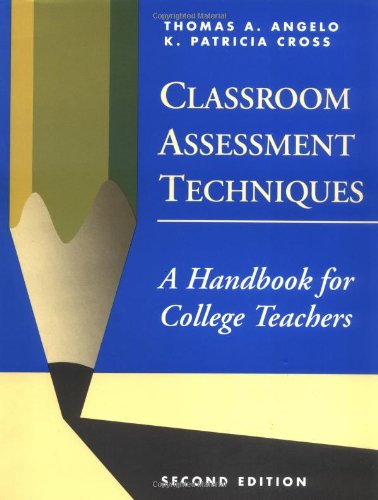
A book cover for Classroom Assessment Techniques: A Handbook for College Teachers; Thomas A. Angelo; Education & Teaching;